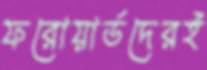
ফরোয়ার্ডদেরই